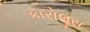
કારોલૂસ